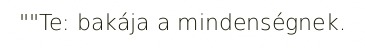
""Te: bakája a mindenségnek.